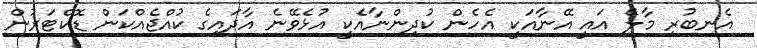
އެނބުރި މާލެ އައީ އޭނާއަކީ އެހެން ކުދިންނާއެކީ އުޅެވޭނެ އާދައިގެ ކުއްޖެއްކަން ޑޮކްޓަރުން